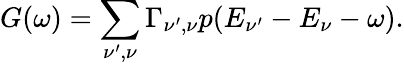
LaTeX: G(\omega)=\sum_{\nu^{\prime},\nu}\Gamma_{\nu^{\prime},\nu}p(E_{\nu^{\prime}}-E_{\nu}-\omega).